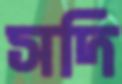
সদি